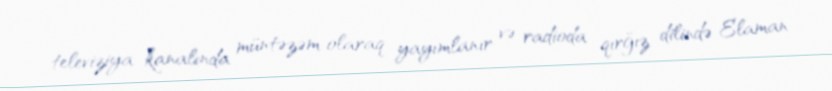
televiziya kanalında müntəzəm olaraq yayımlanır və radioda qırğız dilində Elaman